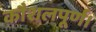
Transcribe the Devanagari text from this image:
कौशलपूर्ण।